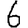
Digit: 6